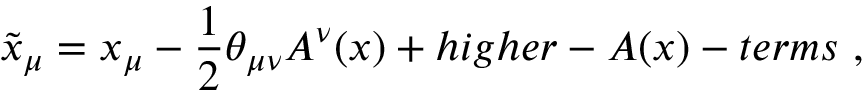
\tilde { x } _ { \mu } = x _ { \mu } - \frac { 1 } { 2 } \theta _ { \mu \nu } A ^ { \nu } ( x ) + h i g h e r - A ( x ) - t e r m s ~ ,